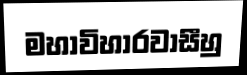
මහාවිහාරවාසීහු